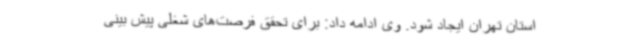
استان تهران ایجاد شود. وی ادامه داد: برای تحقق فرصت‌های شغلی پیش بینی